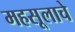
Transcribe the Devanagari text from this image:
महसूलाचे